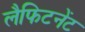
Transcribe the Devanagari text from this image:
लैफिटनेंट